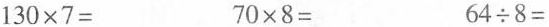
$$1 3 0 \times 7 =$$ $$7 0 \times 8 =$$ $$6 4 \div 8 =$$